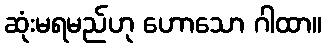
ဆုံးမရမည်ဟု ဟောသော ဂါထာ။